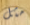
مثل